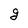
Character: g